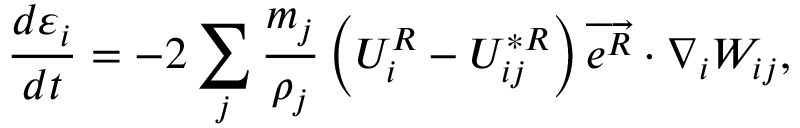
\frac { d \varepsilon _ { i } } { d t } = - 2 \sum _ { j } \frac { m _ { j } } { \rho _ { j } } \left( U _ { i } ^ { R } - U _ { i j } ^ { * R } \right) \overrightarrow { e ^ { R } } \cdot \nabla _ { i } W _ { i j } ,